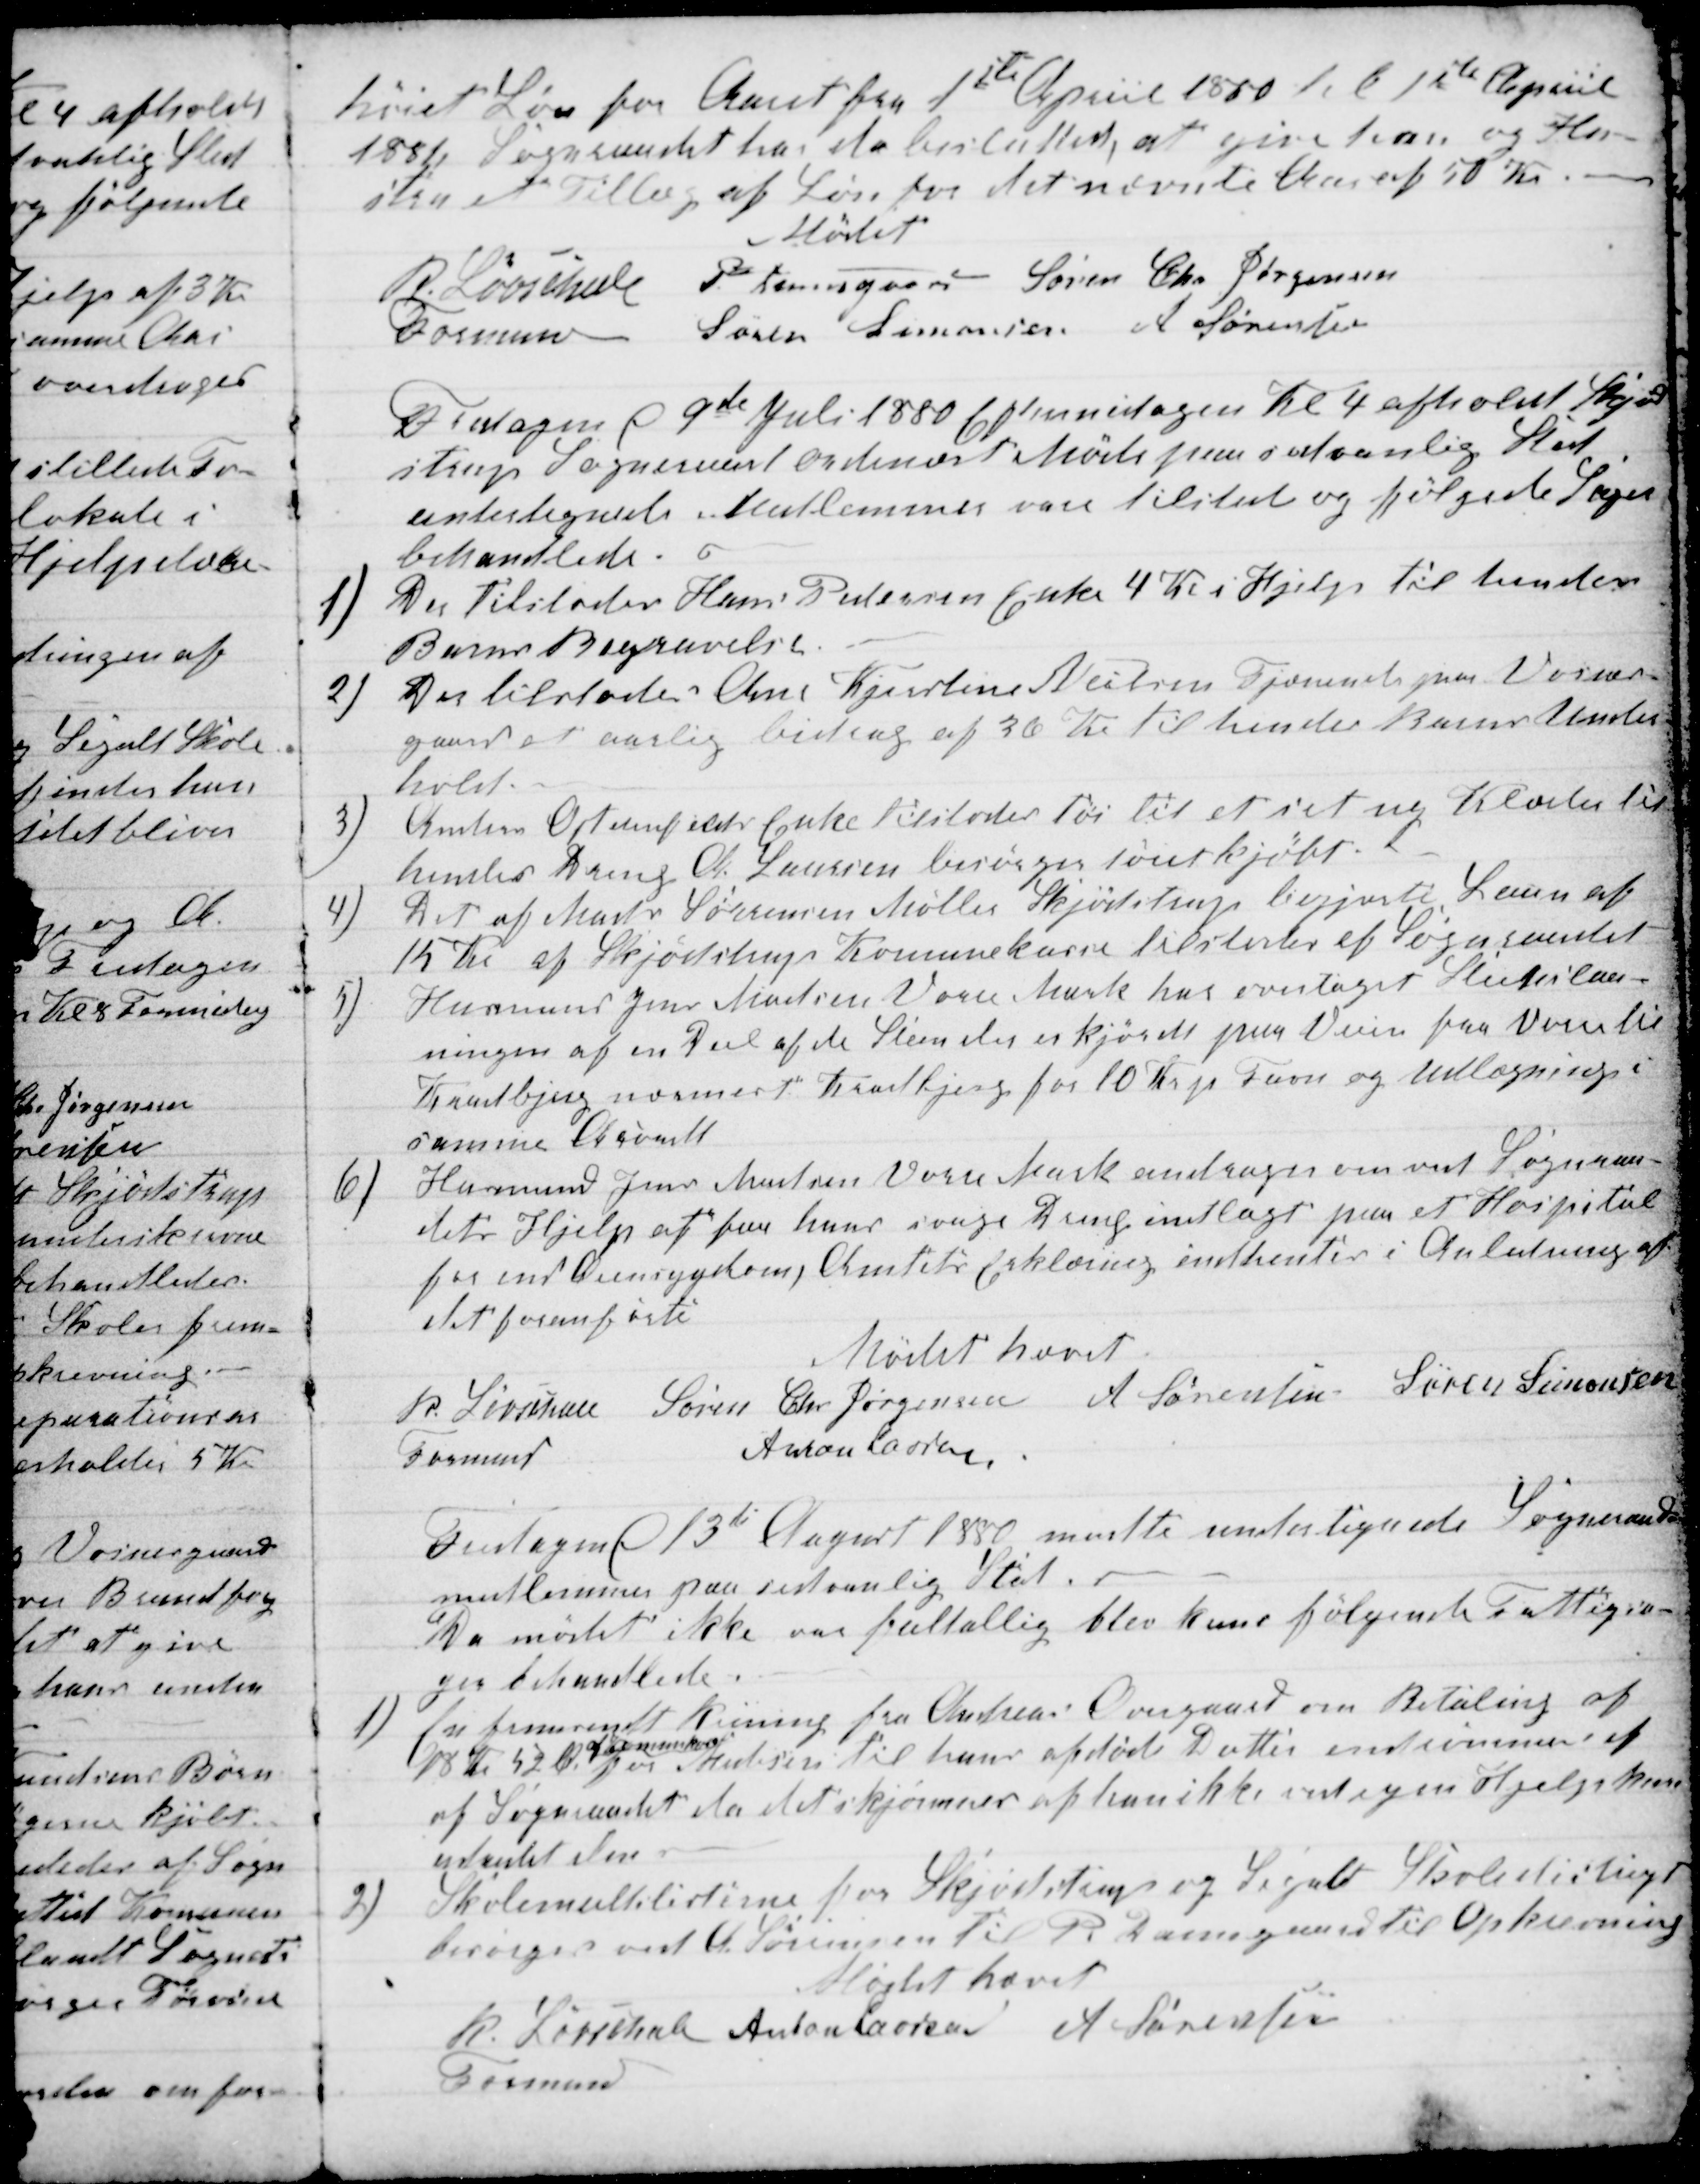
Transskription:
hoiet Løn for Aaret fra 1ste April 1880 til 1ste April
1881. Sogneraadet har da besluttet, at give han og Hu-
stru et Tillæg af Løn for det nævnte Aar af 50 Kr.
Mødet
R. Løvschall 
Formand
P. Damsgaard Søren Chr Jørgensen
Søren Simonsen A Sørensen
Fredagen d 9de Juli 1880 Eftermidagen Kl 4 afholdt Skjød-
strup Sogneraad ordinært Møde paa sædvanlig Sted
undertegnede Medlemmer vare tilstede og følgede Sager
behandlede.
1)
Der tilstodes Hans Pedersen Enke 4 Kr i Hjelp til hendes
Barns Begravelse.
2)
Der tilstodes Ane Kjertine Nielsen Tjeneste paa Vosnæs-
gaard et aarlig bidrag af 36 Kr til hendes Barns Under-
hold.
3)
Anton Ostenfeldts Enke tilstodes tøi til et set ny Klæder til
hendes Dreng A. Laursen besørger tøiet kjøbt.
4)
Det af Mads Sørensen Møller Skjødstrup begjerte Laan af
15 Kr af Skjødstrup Komunekasse tilstodes af Sogneraadet
5)
Husmand Jens Madsen Vorre Mark har overtaget Slutslaa-
ningen af en Del af de Steen der er kjørdt paa Veien fra Vorre 
Kradbjerg nærmest Kradbjerg for 10 Kr pr Favn og Udlægning i
samme 
6)
Husmand Jens Madsen Vorre Mark andrager om ved Sogneraa-
dets Hjelp at faa hans svage Dreng indlagt paa et Hospital
for end Øiensygdom, Amtets Erklæring indhentes i Anledning af
det foranførte
Mødet hævet
R. Løvschall 
Formand
Søren Chr Jørgensen A Sørensen Søren Simonsen
Anton Laursen
Fredagen d 13de August 1880 mødte unteregnede Sogneraads-
medlemmer paa sedvanlig Sted.
Da mødet ikke var fultallig blev kuns følgende Fattigsa-
ger behandlede.
1)
En fremsendt Reining fra Andreas Overgaard om Betaling af
18 Kr 52 Ø 
af Komunekassen
for Medicin til hans afdøde Datter indrømmes af
af Sogneraadet da det skjønner af han ikke ved egen Hjelp kan
udredet den
2)
Skolemultslisterne for Skjødstrup og Segalt Skolesdistrigt
besørges ved A. Sørensen til R. Damgaard til Opkrævning
Mødet hævet
R. Løvschall
Formand
Anton Laursen A Sørensen